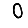
Digit: 0